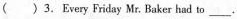
( )3. Every Friday Mr. Baker had to ___.